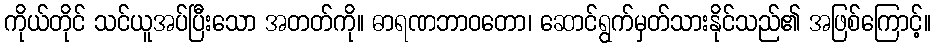
ကိုယ်တိုင် သင်ယူအပ်ပြီးသော အတတ်ကို။ ဓာရဏဘာဝတော၊ ဆောင်ရွက်မှတ်သားနိုင်သည်၏ အဖြစ်ကြောင့်။